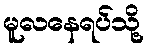
မူလနေရပ်သို့